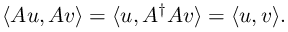
\langle A u , A v \rangle = \langle u , A ^ { \dagger } A v \rangle = \langle u , v \rangle .